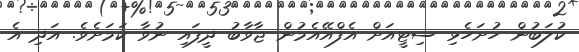
ކުލަބުން ހުށަހެޅި ސިޓީއަށް އެފްއޭއެމުން ޖާވާބު ދީފައި ނުވާ ކަމަށެވެ. އަދި އެ